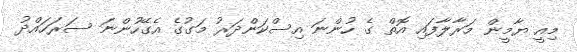
މިއީ ޔާމީން މަރާލާފައި އޮތް ގެ ހުންނަ އިސްކަންދަރު މަގުގެ އެގޭހުންނަ ސަރަހައްދު